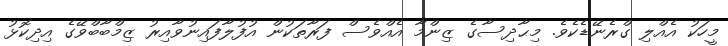
މީހަކު އެއްލި ގްރެނޭޑެކެވެ. މިޙާދިސާގެ ޒިންމާ އެއްވެސް ފަރާތަކުން އުފުލާފައިނުވާއިރު ޒިމްބާބްވޭގެ އިދިކޮޅު